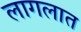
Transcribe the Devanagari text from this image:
लागलात